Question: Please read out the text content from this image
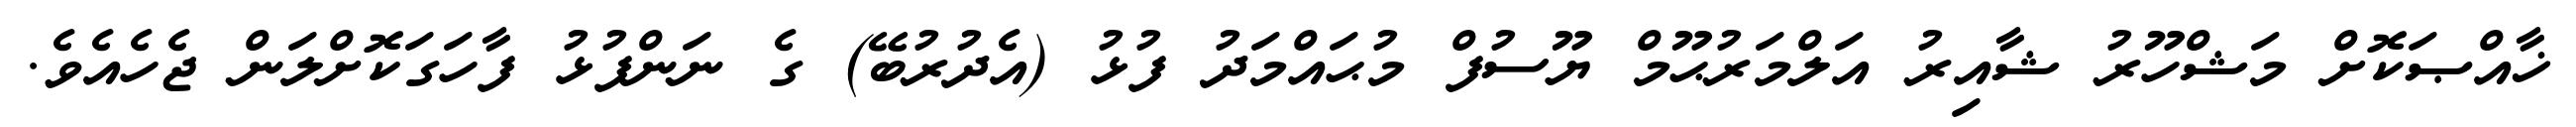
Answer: ޚާއްޞަކޮށް މަޝްހޫރު ޝާއިރު އަލްމަރުޙޫމް ޔޫސުފް މުޙައްމަދު ފުޅު (އެދުރުބޭ) ގެ ނަންފުޅު ފާހަގަކޮށްލަން ޖެހެއެވެ.